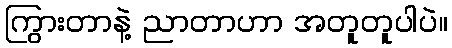
ကြွားတာနဲ့ ညာတာဟာ အတူတူပါပဲ။